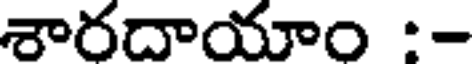
శారదాయాం :-